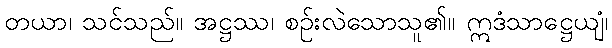
တယာ၊ သင်သည်။ အဋ္ဌဿ၊ စဉ်းလဲသောသူ၏။ ဣဒံသာဋ္ဌေယျံ၊